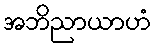
အဘိညာယာဟံ